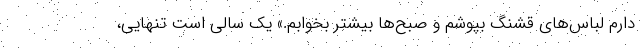
دارم لباس‌های قشنگ بپوشم و صبح‌ها بیشتر بخوابم.» یک‌ سالی است تنهایی،